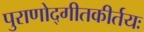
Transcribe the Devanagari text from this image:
पुराणोद्गीतकीर्तयः